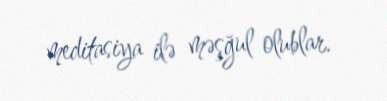
meditasiya ilə məşğul olublar.